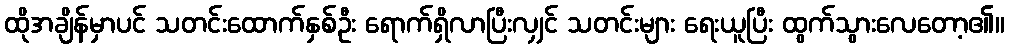
ထိုအချိန်မှာပင် သတင်းထောက်နှစ်ဦး ရောက်ရှိလာပြီးလျှင် သတင်းများ ရေးယူပြီး ထွက်သွားလေတော့၏။